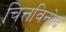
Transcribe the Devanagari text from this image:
चित्तविनोद